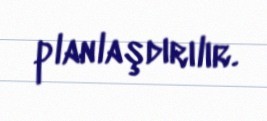
planlaşdırılır.